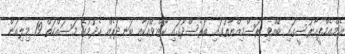
އެމްއެމްޕީއާރުސީގައި ބޭއްވި ރަސްމިއްޔާތުގައި ބަރެސްދޫގައި ކޯޒްވޭއަކާއި ބަނދަރެއް ހެދުމުގެ މަސައްކަތް 19 މިލިއަން